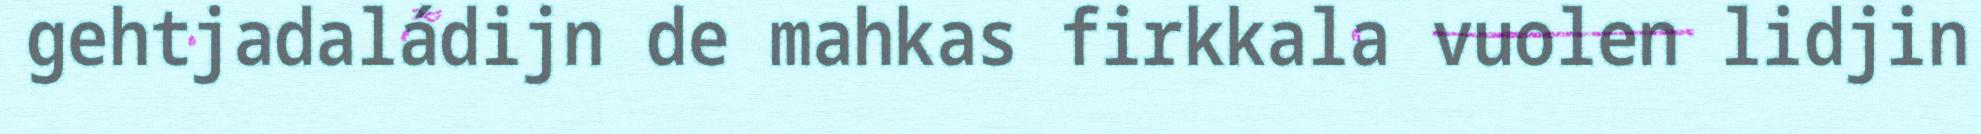
gehtjadaládijn de mahkas firkkala vuolen lidjin